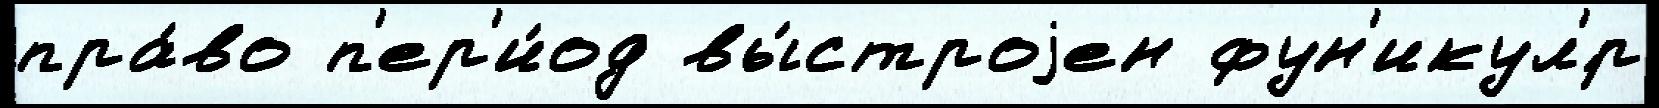
пра́во п'ер'и́од вы́строjен фун'икул'́р